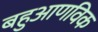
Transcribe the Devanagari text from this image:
बहुआणविक